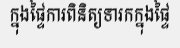
ក្នុងផ្ទៃការពិនិត្យទារកក្នុងផ្ទៃ